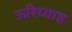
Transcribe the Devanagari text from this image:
ऊरिय्याह